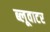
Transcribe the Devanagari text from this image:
ब्लूवाटर